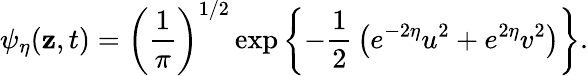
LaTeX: \psi_{\eta}(\mathbf{z},t)=\left({\frac{{1}}{{\pi}}}\right)^{1/2}\exp\left\{ -{\frac{{1}}{{2}}}\left(e^{-2\eta}u^{2}+e^{2\eta}v^{2}\right)\right\} .